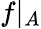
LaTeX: f\vert_{A}